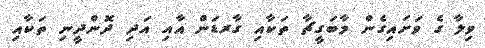
ވިލާ ގެ ވަށައިގެން މާބަގީޗާ ތަކާއި ގާރޑަން އާއި އަދި ދޮންދީނި ތަކާއި